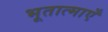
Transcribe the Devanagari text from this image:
भूतात्माएँ